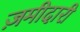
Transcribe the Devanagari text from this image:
ज़मीदारी